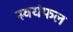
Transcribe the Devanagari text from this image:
स्वयंफल